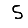
Digit: 5